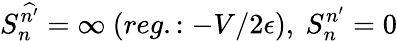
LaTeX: S_{n}^{\widehat{n^{\prime}}}=\infty\ (reg.:-V/2\epsilon),\ S_{n}^{n^{\prime}}=0